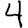
Digit: 4